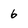
Character: 6